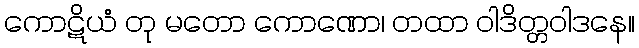
ကောဋိယံ တု မတော ကောဏော၊ တထာ ဝါဒိတ္တဝါဒနေ။